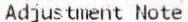
ADJUSTMENT NOTE